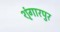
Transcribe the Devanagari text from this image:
शृंगारपुर